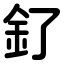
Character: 釕